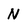
Character: N